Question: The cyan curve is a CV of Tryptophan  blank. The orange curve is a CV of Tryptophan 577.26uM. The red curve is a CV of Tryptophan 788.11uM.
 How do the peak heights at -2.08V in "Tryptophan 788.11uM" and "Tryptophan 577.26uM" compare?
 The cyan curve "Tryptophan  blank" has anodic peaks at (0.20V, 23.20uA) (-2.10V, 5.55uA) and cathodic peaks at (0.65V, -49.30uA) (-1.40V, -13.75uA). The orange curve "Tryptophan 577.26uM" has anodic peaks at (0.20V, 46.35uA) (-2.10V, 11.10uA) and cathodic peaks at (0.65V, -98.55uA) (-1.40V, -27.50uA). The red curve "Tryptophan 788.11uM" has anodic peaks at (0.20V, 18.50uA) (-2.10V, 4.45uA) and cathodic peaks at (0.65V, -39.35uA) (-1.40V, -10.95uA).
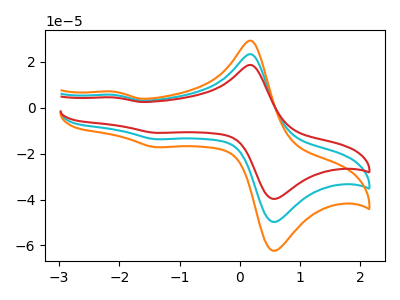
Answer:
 <answer>The peak at -2.08V is lower in "Tryptophan 788.11uM" than in "Tryptophan 577.26uM".</answer>
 <eval>lower</eval>